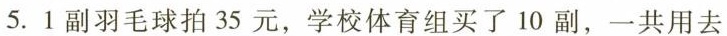
5.1副羽毛球拍35元，学校体育组买了10副，一共用去